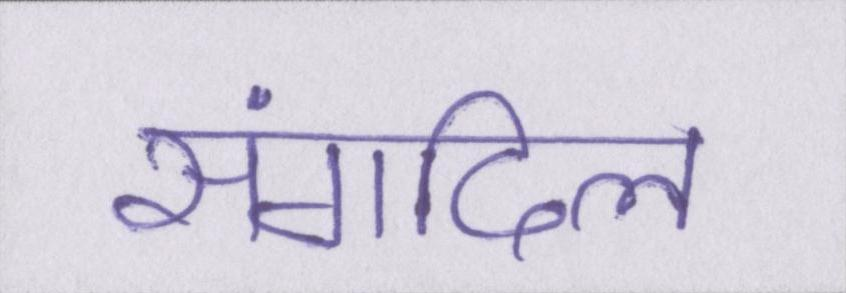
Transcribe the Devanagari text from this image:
संगदिल